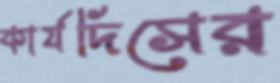
কার্যদিসের